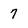
Character: 7